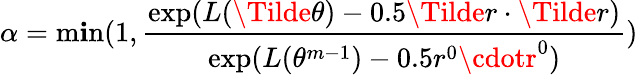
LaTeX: \alpha=\operatorname*{m\mathbf{i}n}(1,\frac{{\exp(L(\Tilde{\theta})-0.5\Tilde{r}\cdot\Tilde{r})}}{{\exp(L(\theta^{m-1})-0.5r^{0}\cdotr^{0})}})